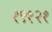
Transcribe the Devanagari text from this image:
१९१२१